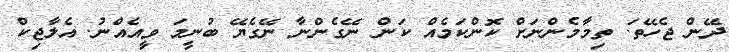
ދޭން ޖެހޭތަ. ތިމާމެންނަށް ކޮންކަމެއް ކަން ނޭގެންނާ ނޭގެޔޭ ބުނީމަ ވީިއެއްނު. އެލާޖިކް